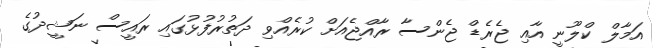
އަމާލް ކްލޫނީ އާއި ޖެރެޑް ޖެންސާ ރާއްޖެއަށް ކުރެއްވި ދަތުރުފުޅުގައި ރައީސް ނަޝީދުގެ